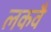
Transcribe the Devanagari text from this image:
लकवै